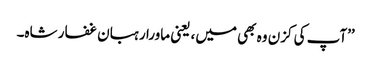
’’آپ کی کزن وہ بھی میں، یعنی ماورا رہبان غفار شاہ۔